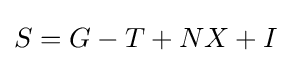
S=G-T+NX+I